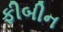
ફીબીન